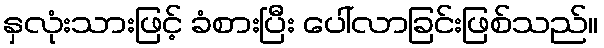
နှလုံးသားဖြင့် ခံစားပြီး ပေါ်လာခြင်းဖြစ်သည်။